Civil Veterinary Department Bihar reports 1936-40 - 1936-1940
Year: 1936
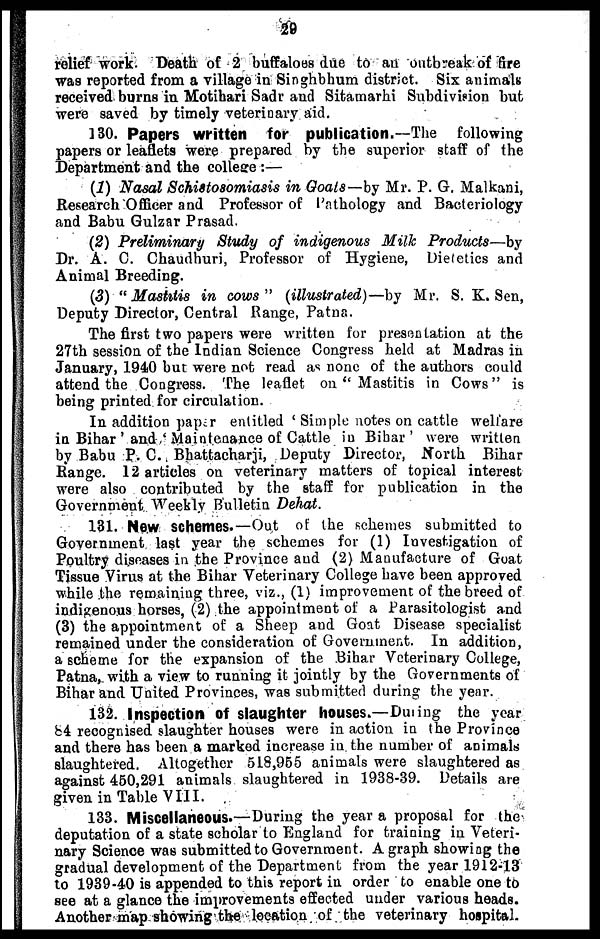
29
relief work. Death of 2 buffaloes due to an outbreak of fire
was reported from a village in Singhbhum district. Six animals
received burns in Motihari Sadr and Sitamarhi Subdivision but
were saved by timely veterinary aid.
130. Papers written for publication.—The following
papers or leaflets were prepared by the superior staff of the
Department and the college:—
(1) Nasal Schistosomiasis in Goals—by Mr. P. G. Malkani,
Research Officer and Professor of Pathology and Bacteriology
and Babu Gulzar Prasad.
(2) Preliminary Study of indigenous Milk Products—by
Dr. A. C. Chaudhuri, Professor of Hygiene, Dietetics and
Animal Breeding.
(3) "Mastitis in cows" (illustrated)—by Mr. S. K. Sen,
Deputy Director, Central Range, Patna.
The first two papers were written for presentation at the
27th session of the Indian Science Congress held at Madras in
January, 1940 but were not read as none of the authors could
attend the Congress. The leaflet on "Mastitis in Cows" is
being printed for circulation.
In addition paper entitled 'Simple notes on cattle welfare
in Bihar' and 'Maintenance of Cattle in Bihar' were written
by Babu P. C. Bhattacharji, Deputy Director, North Bihar
Range. 12 articles on veterinary matters of topical interest
were also contributed by the staff for publication in the
Government Weekly Bulletin Dehat.
131. New schemes.—Out of the schemes submitted to
Government last year the schemes for (1) Investigation of
Poultry diseases in the Province and (2) Manufacture of Goat
Tissue Virus at the Bihar Veterinary College have been approved
while the remaining three, viz., (1) improvement of the breed of
indigenous horses, (2) the appointment of a Parasitologist and
(3) the appointment of a Sheep and Goat Disease specialist
remained under the consideration of Government. In addition,
a scheme for the expansion of the Bihar Veterinary College,
Patna, with a view to running it jointly by the Governments of
Bihar and United Provinces, was submitted during the year.
132. Inspection of slaughter houses.—Dining the year
84 recognised slaughter houses were in action in the Province
and there has been a marked increase in the number of animals
slaughtered. Altogether 518,955 animals were slaughtered as
against 450,291 animals slaughtered in 1938-39. Details are
given in Table VIII.
133. Miscellaneous.—During the year a proposal for the
deputation of a state scholar to England for training in Veteri-
nary Science was submitted to Government. A graph showing the
gradual development of the Department from the year 1912-13
to 1939-40 is appended to this report in order to enable one to
see at a glance the improvements effected under various heads.
Another map showing the location of the veterinary hospital.